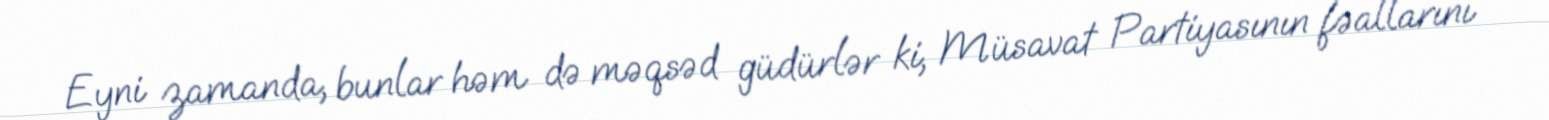
Eyni zamanda, bunlar həm də məqsəd güdürlər ki, Müsavat Partiyasının fəallarını